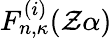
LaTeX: F_{n,\kappa}^{(i)}(\mathcal{Z}\alpha)